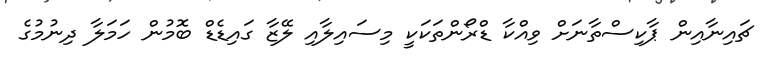
ޗައިނާއިން ޕާކިސްތާނަށް ވިއްކާ ޑްރޯންތަކަކީ މިސައިލާއި ލޭޒާ ގައިޑެޑް ބޮމުން ހަމަލާ ދިނުމުގެ